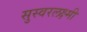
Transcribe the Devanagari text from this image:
सुस्वरलक्ष्मी